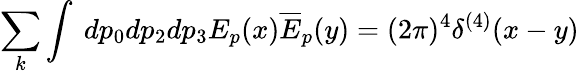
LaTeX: \sum_{k}\int\ dp_{0}dp_{2}dp_{3}E_{p}(x)\overline{{{E}}}_{p}(y)=(2\pi)^{4}\delta^{(4)}(x-y)